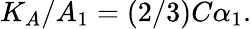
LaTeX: K_{A}/A_{1}=(2/3)C\alpha_{1}.